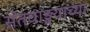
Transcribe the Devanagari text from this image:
संतवाङ्मयाच्या